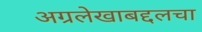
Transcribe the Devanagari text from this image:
अग्रलेखाबद्दलचा